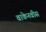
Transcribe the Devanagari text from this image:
वाकेनवीस